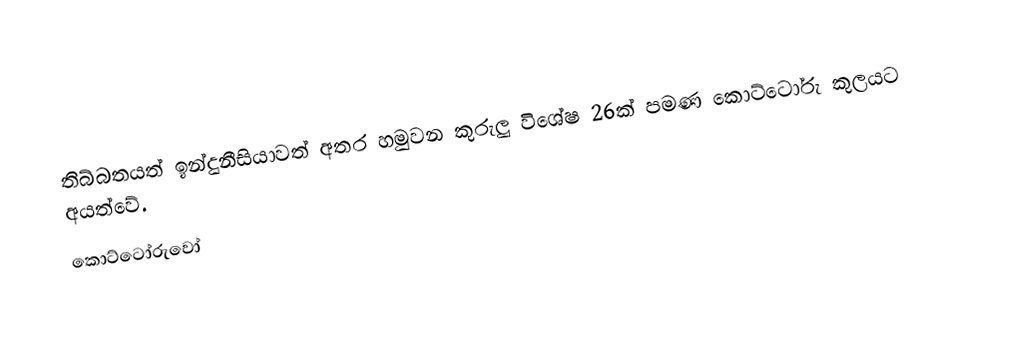
තිබ්බතයත් ඉන්දුනීසියාවත් අතර හමුවන කුරුලු විශේෂ 26ක් පමණ කොට්ටෝරු කුලයට අයත්වේ.
කොට්ටෝරුවෝ